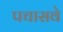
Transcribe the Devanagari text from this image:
पचासवे